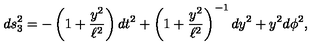
d s _ { 3 } ^ { 2 } = - \left( 1 + \frac { y ^ { 2 } } { \ell ^ { 2 } } \right) d t ^ { 2 } + \left( 1 + \frac { y ^ { 2 } } { \ell ^ { 2 } } \right) ^ { - 1 } d y ^ { 2 } + y ^ { 2 } d \phi ^ { 2 } ,